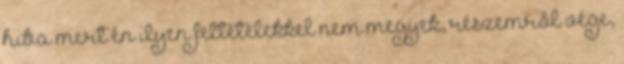
hiba mert én ilyen feltételekkel nem megyek, részemről vége,